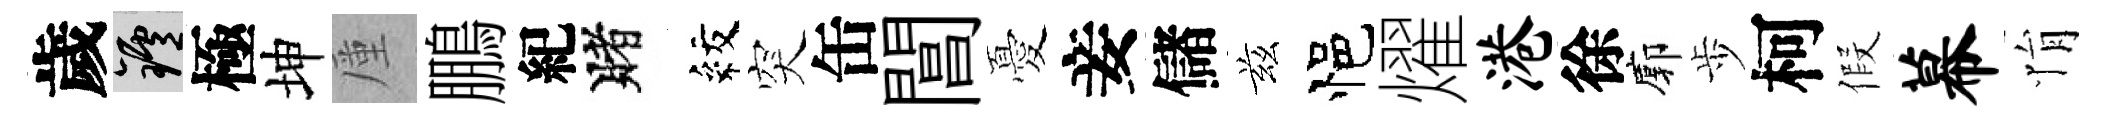
歲爐極坤厪鵬紀賭紋突缶閶憂妾儲兹悒燿港徐廓歩柯假幕悁